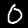
Digit: 0